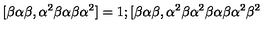
\lbrack \beta \alpha \beta , \alpha ^ { 2 } \beta \alpha \beta \alpha ^ { 2 } ] = 1 ; [ \beta \alpha \beta , \alpha ^ { 2 } \beta \alpha ^ { 2 } \beta \alpha \beta \alpha ^ { 2 } \beta ^ { 2 }